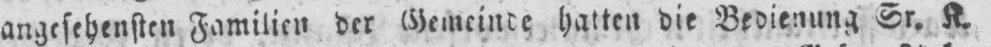
angesehensten Familien der Gemeinde hatten die Bedienung Sr. K.